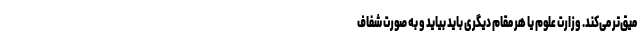
میق‌تر می‌کند. وزارت علوم یا هر مقام دیگری باید بیاید و به صورت شفاف